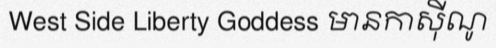
West Side Liberty Goddess មានកាស៊ីណូ